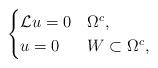
LaTeX: \begin{align*}\begin{cases} \mathcal{L}u=0 &\Omega^c,\\ u=0 & W\subset\Omega^c,\end{cases} \end{align*}